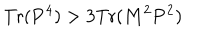
LaTeX: \mathrm { T r } ( { \bf P } ^ { 4 } ) > 3 \mathrm { T r } ( { \bf M } ^ { 2 } { \bf P } ^ { 2 } )